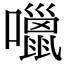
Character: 𡂏